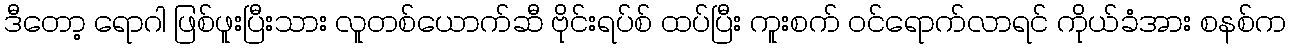
ဒီတော့ ရောဂါ ဖြစ်ဖူးပြီးသား လူတစ်ယောက်ဆီ ဗိုင်းရပ်စ် ထပ်ပြီး ကူးစက် ဝင်ရောက်လာရင် ကိုယ်ခံအား စနစ်က